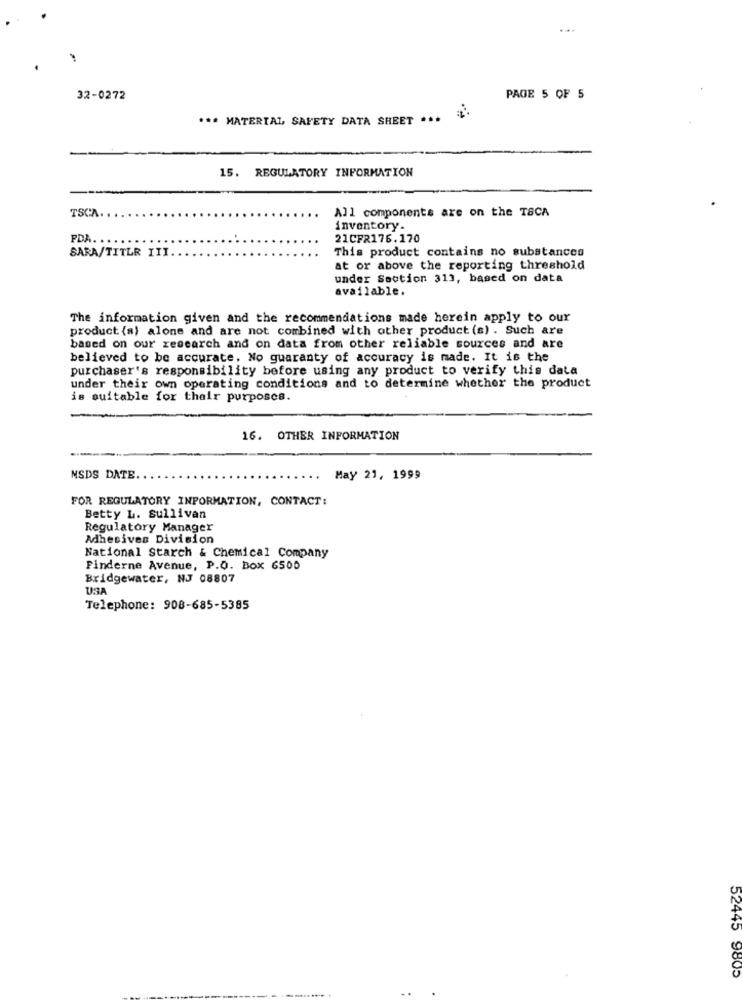
32-0272
PAGE 5 OF 5
... MATERIAL, SAFETY DATA SHEET ***
15. REGULATORY INFORMATION
TSCA.
All components are on the TSCA
inventory.
PDA. .
21CFR176.170
SARA/TITLE III
This product contains no substances
at or above the reporting threshold
under Section 313, based on data
available.
The information given and the recommendations made herein apply to our
product {a} alone and are not combined with other product (s) . Such are
based on our research and on data from other reliable sources and are
believed to be accurate. No guaranty of accuracy is made. It is the
purchaser's responsibility before using any product to verify this data
under their own operating conditions and to determine whether the product
is suitable for their purposes.
16. OTHER INFORMATION
NSDS DATE.
May 21, 1999
FOR REGULATORY INPORMATION, CONTACT:
Betty L. Sullivan
Regulatory Manager
Adhesives Division
National starch & Chemical Company
Finderne Avenue, P.O. Box 6500
Bridgewater, NJ 08807
USA
Telephone: 908-685-5385
52445 9805